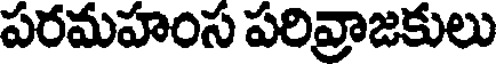
పరమహంస పరివ్రాజకులు